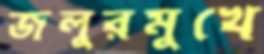
জলুরমুখে